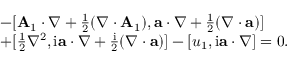
\begin{array} { r l } & { - [ \mathbf { A } _ { 1 } \cdot \nabla + \frac { 1 } { 2 } ( \nabla \cdot \mathbf { A } _ { 1 } ) , \mathbf { a } \cdot \nabla + \frac { 1 } { 2 } ( \nabla \cdot \mathbf { a } ) ] } \\ & { + [ \frac { 1 } { 2 } \nabla ^ { 2 } , \mathrm { i } \mathbf { a } \cdot \nabla + \frac { \mathrm { i } } { 2 } ( \nabla \cdot \mathbf { a } ) ] - [ u _ { 1 } , \mathrm { i } \mathbf { a } \cdot \nabla ] = 0 . } \end{array}